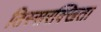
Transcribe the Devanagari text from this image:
तिस्सरक्खिता